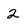
Character: 2